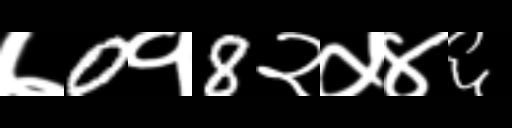
Text: ७0१8२५४६